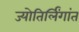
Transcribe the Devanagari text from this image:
ज्योतिर्लिंगांत